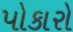
પોકારો